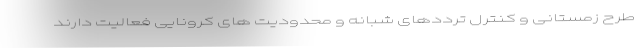
طرح زمستانی و کنترل ترددهای شبانه و محدودیت های کرونایی فعالیت دارند